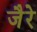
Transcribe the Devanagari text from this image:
जैरे